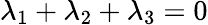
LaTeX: \lambda_{1}+\lambda_{2}+\lambda_{3}=0